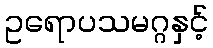
ဥရောပသမဂ္ဂနှင့်